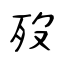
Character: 歿